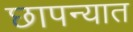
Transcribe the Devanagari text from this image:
छापन्यात